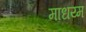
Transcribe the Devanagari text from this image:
माधय्म